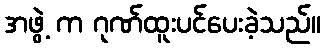
အဖွဲ့ က ဂုဏ်ထူးပင်ပေးခဲ့သည်။